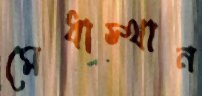
মেধাস্থান